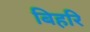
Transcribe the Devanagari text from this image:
बिहरि